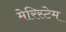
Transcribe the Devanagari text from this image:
मेरिस्टेम